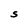
Character: S